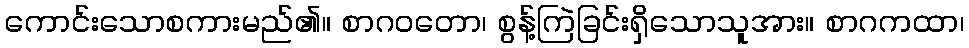
ကောင်းသောစကားမည်၏။ စာဂဝတော၊ စွန့်ကြဲခြင်းရှိသောသူအား။ စာဂကထာ၊